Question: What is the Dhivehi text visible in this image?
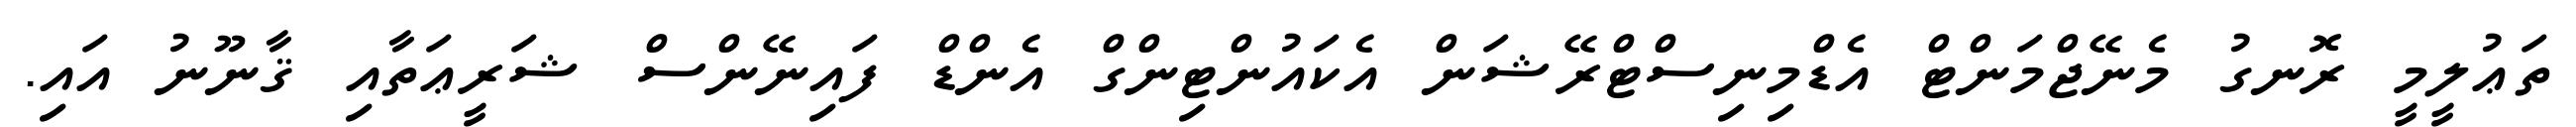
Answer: ތަޢުލީމީ ރޮނގު މެނޭޖްމަންޓް އެޑްމިނިސްޓްރޭޝަން އެކައުންޓިންގް އެންޑް ފައިނޭންސް ޝަރީޢަތާއި ޤާނޫނު އައި.